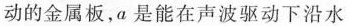
动的金属板，α是能在声波驱动下沿水